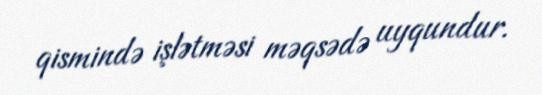
qismində işlətməsi məqsədə uyqundur.